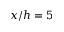
x / h = 5